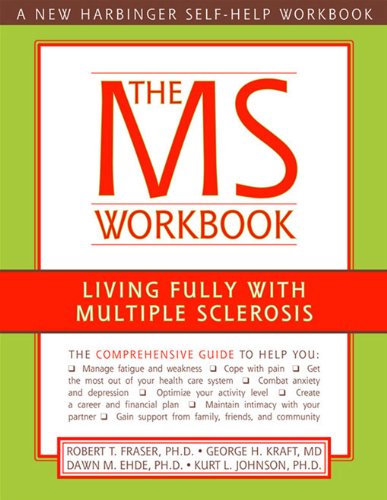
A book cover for The MS Workbook: Living Fully with Multiple Sclerosis; Robert Fraser PhD; Health, Fitness & Dieting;